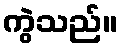
ကွဲသည်။